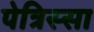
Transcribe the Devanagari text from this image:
पेत्रिस्सा